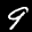
Label: 9